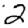
Digit: 2